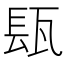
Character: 瓺